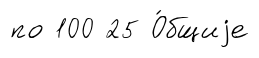
по 100 25 О́бщиjе